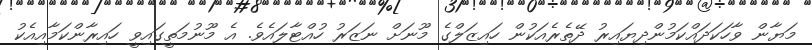
މަޔާން ވާހަކަދައްކަމުންދިޔައިރު ދޭތެރެއަކުން ހައިޒަލްގެ މޫނަށް ނަޒަރު ހުއްޓާލައެވެ. އެ މޫނުމަތީގައިވީ ހައިރާންކަމާއިއެކު